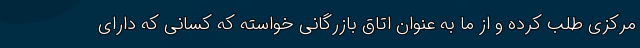
مرکزی طلب کرده و از ما به عنوان اتاق بازرگانی خواسته که کسانی که دارای